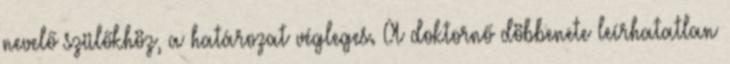
nevelő szülőkhöz, a határozat végleges. A doktornő döbbenete leírhatatlan